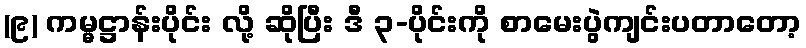
(၉) ကမ္မဋ္ဌာန်းပိုင်း လို့ ဆိုပြီး ဒီ ၃-ပိုင်းကို စာမေးပွဲကျင်းပတာတော့